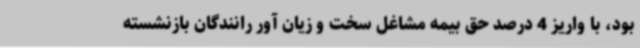
بود، با واریز 4 درصد حق بیمه مشاغل سخت و زیان آور رانندگان بازنشسته